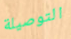
التوصيلة